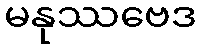
မနုဿဗေဒ